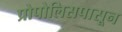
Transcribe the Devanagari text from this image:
प्रोपोलिसपासून